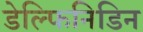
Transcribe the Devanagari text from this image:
डेल्फिनिडिन